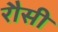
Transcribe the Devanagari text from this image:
रौसी